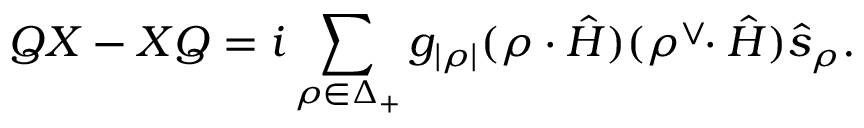
Q X - X Q = i \sum _ { \rho \in \Delta _ { + } } g _ { | \rho | } ( \rho \cdot \hat { H } ) ( \rho ^ { \vee } \! \! \cdot \hat { H } ) \hat { s } _ { \rho } .